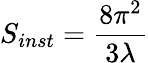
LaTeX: S_{inst}={\frac{8\pi^{2}}{3\lambda}}